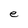
Character: e